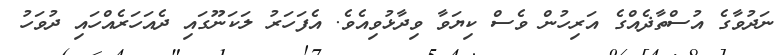
ނަދުވާގެ އުސްތާޛެއްގެ އަރިހުން ވެސް ކިޔަވާ ވިދާޅުވިއެވެ. އެފަހަރު ލަކަނޫގައި ދެއަހަރެއްހައި ދުވަހު